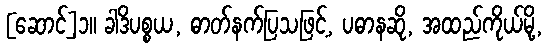
[ဆောင်]၁။ ခါဒိပစ္စယ, ဓာတ်နက်ပြသဖြင့်, ပဓာနဆို, အထည်ကိုယ်မို့,